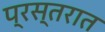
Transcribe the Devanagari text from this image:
प्रस्तरात